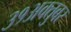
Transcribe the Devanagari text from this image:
३१अक्तुबर